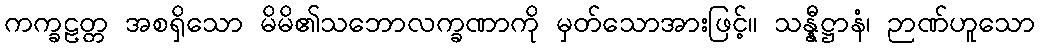
ကက္ခဠတ္တ အစရှိသော မိမိ၏သဘောလက္ခဏာကို မှတ်သောအားဖြင့်။ သန္နီဋ္ဌာနံ၊ ဉာဏ်ဟူသော